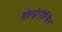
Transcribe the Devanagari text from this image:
सोल्झेनीत्सिन